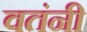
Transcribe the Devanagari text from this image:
वतंनी